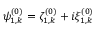
\psi _ { 1 , k } ^ { ( 0 ) } = \zeta _ { 1 , k } ^ { ( 0 ) } + i \xi _ { 1 , k } ^ { ( 0 ) }